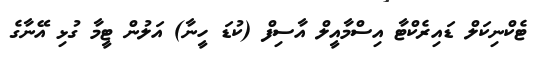
ޓެކްނިކަލް ޑައިރެކްޓާ އިސްމާއީލް އާސިފް (ކުޑަ ހީނާ) އަލުން ޓީމާ ގުޅި އޭނާގެ